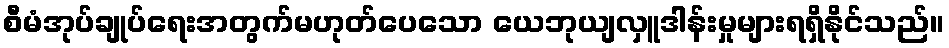
စီမံအုပ်ချုပ်ရေးအတွက်မဟုတ်ပေသော ယေဘုယျလှူဒါန်းမှုများရရှိနိုင်သည်။